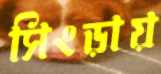
সিংড়ায়